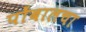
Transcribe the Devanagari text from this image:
पोंबालचा